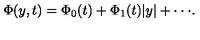
\Phi ( y , t ) = \Phi _ { 0 } ( t ) + \Phi _ { 1 } ( t ) \vert y \vert + \cdot \cdot \cdot .